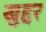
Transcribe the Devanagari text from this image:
खुद्दर